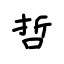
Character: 哲